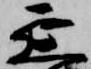
延